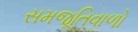
સમજૂતિવાળો